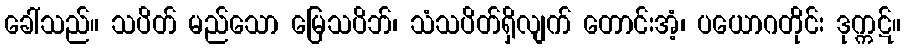
ခေါ်သည်။ သပိတ် မည်သော မြေသပိဘ်၊ သံသပိတ်ရှိလျက် တောင်းအံ့၊ ပယောဂတိုင်း ဒုက္ကဋ်။